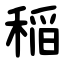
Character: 稲